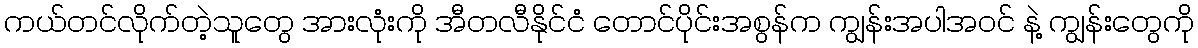
ကယ်တင်လိုက်တဲ့သူတွေ အားလုံးကို အီတလီနိုင်ငံ တောင်ပိုင်းအစွန်က ကျွန်းအပါအဝင် နဲ့ ကျွန်းတွေကို